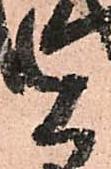
見